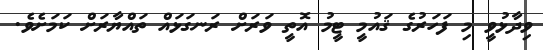
ވިދާޅުވީ މި ފަހަރުގެ ޤައުމީ ޓީމު އޮތީ ވަރަށް ރަނގަޅައް ތައްޔާރަށް ކަމަށެވެ.